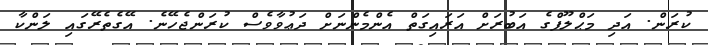
ކުރަން. އަދި މަޙްލޫފްގެ އަބުރަށް އަރައިގަތް އެންމެންނަށް ދަޢުވާވެސް ކުރަންޖެހޭނެ. އޭގެތެރޭގައި ލަންކާ